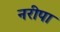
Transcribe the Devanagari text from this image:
नरीपा